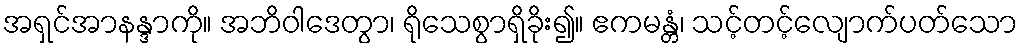
အရှင်အာနန္ဒာကို။ အဘိဝါဒေတွာ၊ ရိုသေစွာရှိခိုး၍။ ဧကမန္တံ၊ သင့်တင့်လျောက်ပတ်သော